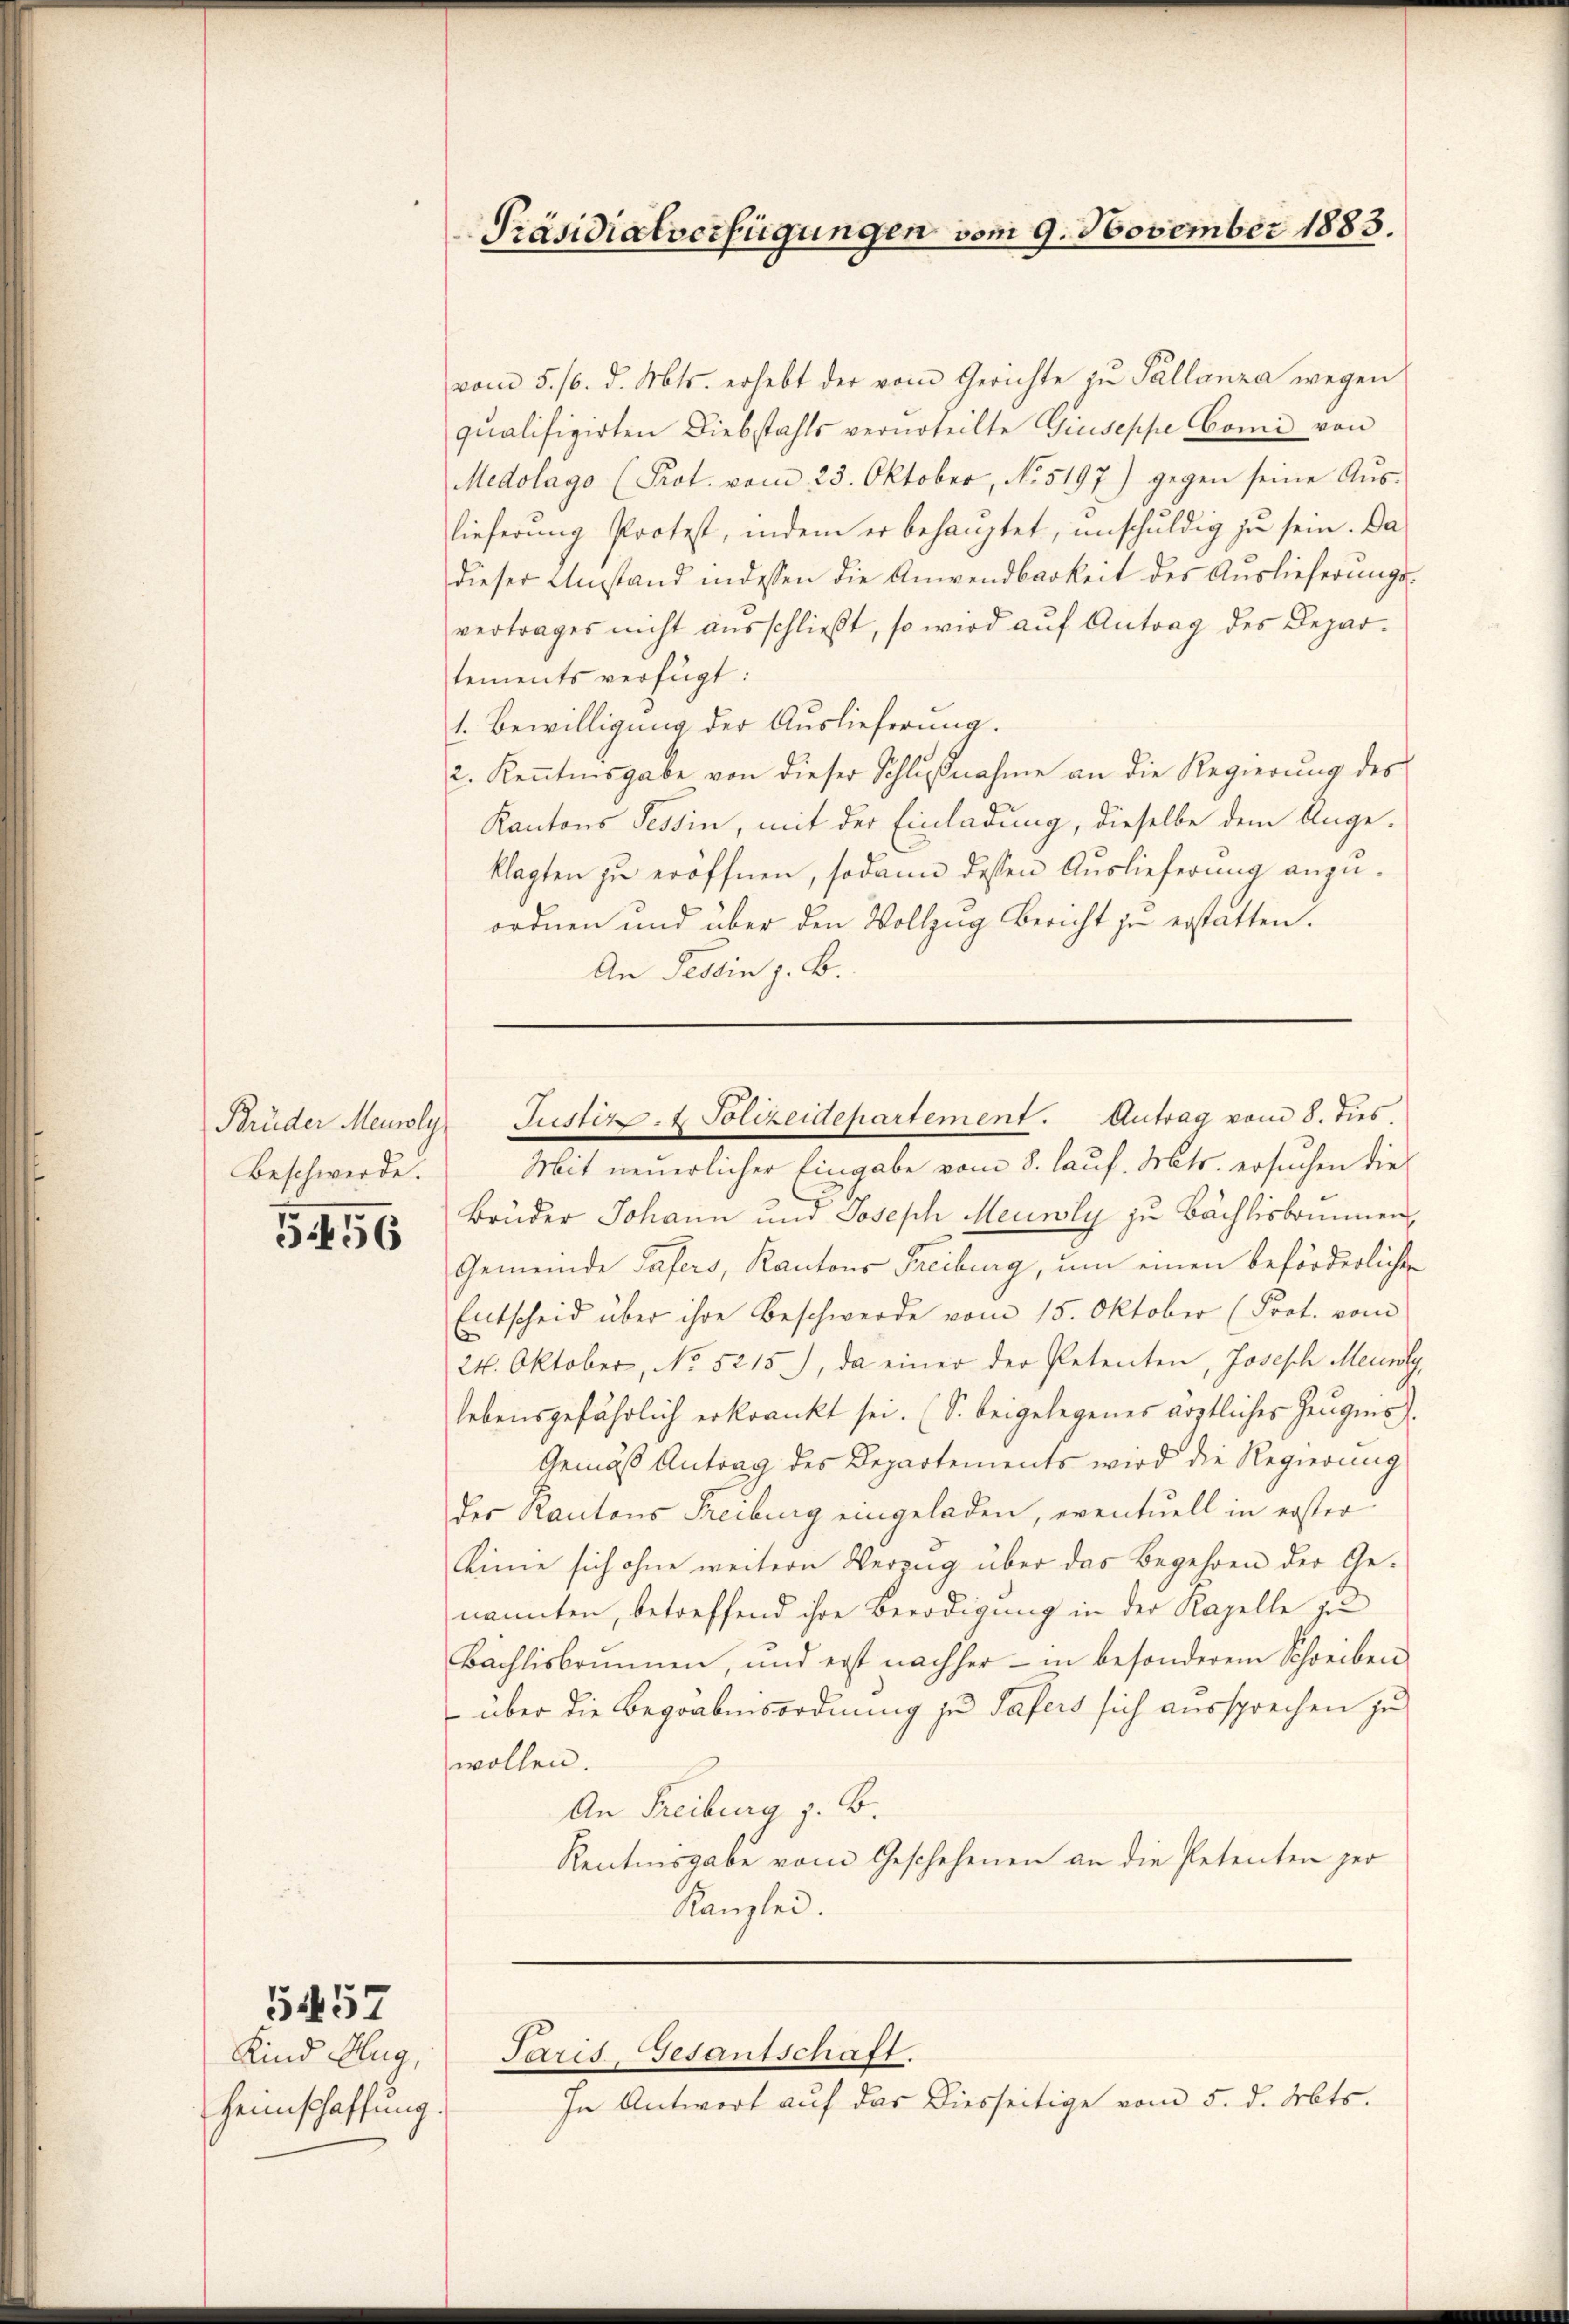
Beschwerde.

5456

Mit neuerlicher Eingabe vom 8. lauf. Mts. ersuchen die
Brüder Johann und Joseph Meuwly zu Bächlisbomnen,
Gemeinde Tafers, Kantons Freiburg, um einen beförderliche
Entscheid über ihre Beschwerde vom 15. Oktober (Prot. vom
24. Oktober, No 5215), da einer der Petenten, Joseph Meil
lebensgefährlich erkrankt sei. (S. beigelegenes ärztliches Zeugnis
Gemäß Antrag des Departements wird die Regierung
des Rantons Freiburg eingeladen, eventuell in erster
Linie sich ohne weitern Verzug über das Begehren der Genannten, betreffend ihre Benadigung in der Kapelle zu
Bächlisbrunnen, und erst nachher - in besonderem Schreiben
 über die Begräbnisordnung zu Tafers sich aussprechen zu
wollen.
An Freiburg z. B.
Rentinsgabe vom Geschehenen an die Petenten zer
Kanzlei.

Kind Hug,
Heimschaffung

557

Präsidialverfügungen vom 9. November 1883.

vom 5. 16. d. Mts. erhebt der vom Gerichte zu Pallanza wegen
qualifizirten Diebstahls verurteilte Giuseppe Comi von
Medolago (Prot. vom 23. Oktober, No. 5197) gegen seine Aŭs-
lieferŭng Protest, indem er behauptet, unschŭldig zŭ sein. Da
dieser Umstand indessen die Anwendbarkeit des Auslieferungs-
vertrages nicht aŭsschließt, so wird aŭf Antrag des Depar-
tements verfügt:
1. Bewilligung der Auslieferung.
2. Keṅtnisgabe von dieser Schlŭβnahme an die Regierŭng des
Kantons Tessin, mit der Einladung, dieselbe dem Ange-
klagten zu eröffnen, sodann dessen Auslieferung anzuordnen und über den Vollzug Bericht zu erstatten.
An Tessin z. B.

Brüder Meioly- Justiz- & Polizeidepartement. Antrag vom 8. dies.

Paris, Gesantschaft.

In Antwort auf das Diesseitige vom 5. d. Mts.